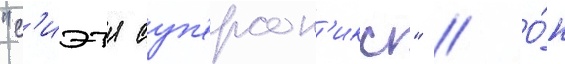
"с'иэтл суп'ерсон'икс" // О́н